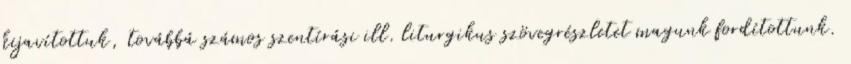
kijavítottuk, továbbá számos szentírási ill. liturgikus szövegrészletet magunk fordítottunk.